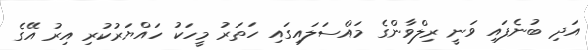
އަދި ބުނެފައި ވަނީ ރިލްވާންގެ މައްސަލައިގައި ހަތަރު މީހަކު ހައްޔަރުކުރި އިރު އޭގެ